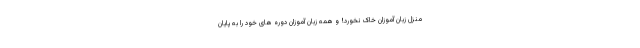
منزل زبان آموزان خاک نخورد! و همه زبان آموزان دوره های خود را به پایان